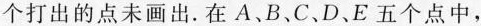
个打出的点未画出。在A、B、C、D、E五个点中，